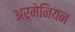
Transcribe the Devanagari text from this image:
अर्मेनियन